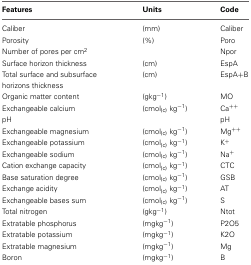
<table><thead><tr><td><b>Features</b></td><td><b>Units</b></td><td><b>Code</b></td></tr></thead><tbody><tr><td>Caliber</td><td>(mm)</td><td>Caliber</td></tr><tr><td>Porosity</td><td>(%)</td><td>Poro</td></tr><tr><td>Number of pores per cm<sup>2</sup></td><td></td><td>Npor</td></tr><tr><td>Surface horizon thickness</td><td>(cm)</td><td>EspA</td></tr><tr><td>Total surface and subsurface horizons thickness</td><td>(cm)</td><td>EspA+B</td></tr><tr><td>Organic matter content</td><td>(gkg<sup>−1</sup>)</td><td>MO</td></tr><tr><td>Exchangeable calcium</td><td>(cmol<sub>(c)</sub> kg<sup>−1</sup>)</td><td>Ca<sup>++</sup></td></tr><tr><td>pH</td><td></td><td>pH</td></tr><tr><td>Exchangeable magnesium</td><td>(cmol<sub>(c)</sub> kg<sup>−1</sup>)</td><td>Mg<sup>++</sup></td></tr><tr><td>Exchangeable potassium</td><td>(cmol<sub>(c)</sub> kg<sup>−1</sup>)</td><td>K<sup>+</sup></td></tr><tr><td>Exchangeable sodium</td><td>(cmol<sub>(c)</sub> kg<sup>−1</sup>)</td><td>Na<sup>+</sup></td></tr><tr><td>Cation exchange capacity</td><td>(cmol<sub>(c)</sub> kg<sup>−1</sup>)</td><td>CTC</td></tr><tr><td>Base saturation degree</td><td>(cmol<sub>(c)</sub> kg<sup>−1</sup>)</td><td>GSB</td></tr><tr><td>Exchange acidity</td><td>(cmol<sub>(c)</sub> kg<sup>−1</sup>)</td><td>AT</td></tr><tr><td>Exchangeable bases sum</td><td>(cmol<sub>(c)</sub> kg<sup>−1</sup>)</td><td>S</td></tr><tr><td>Total nitrogen</td><td>(gkg<sup>−1</sup>)</td><td>Ntot</td></tr><tr><td>Extratable phosphorus</td><td>(mgkg<sup>−1</sup>)</td><td>P2O5</td></tr><tr><td>Extratable potassium</td><td>(mgkg<sup>−1</sup>)</td><td>K2O</td></tr><tr><td>Extratable magnesium</td><td>(mgkg<sup>−1</sup>)</td><td>Mg</td></tr><tr><td>Boron</td><td>(mgkg<sup>−1</sup>)</td><td>B</td></tr></tbody></table>